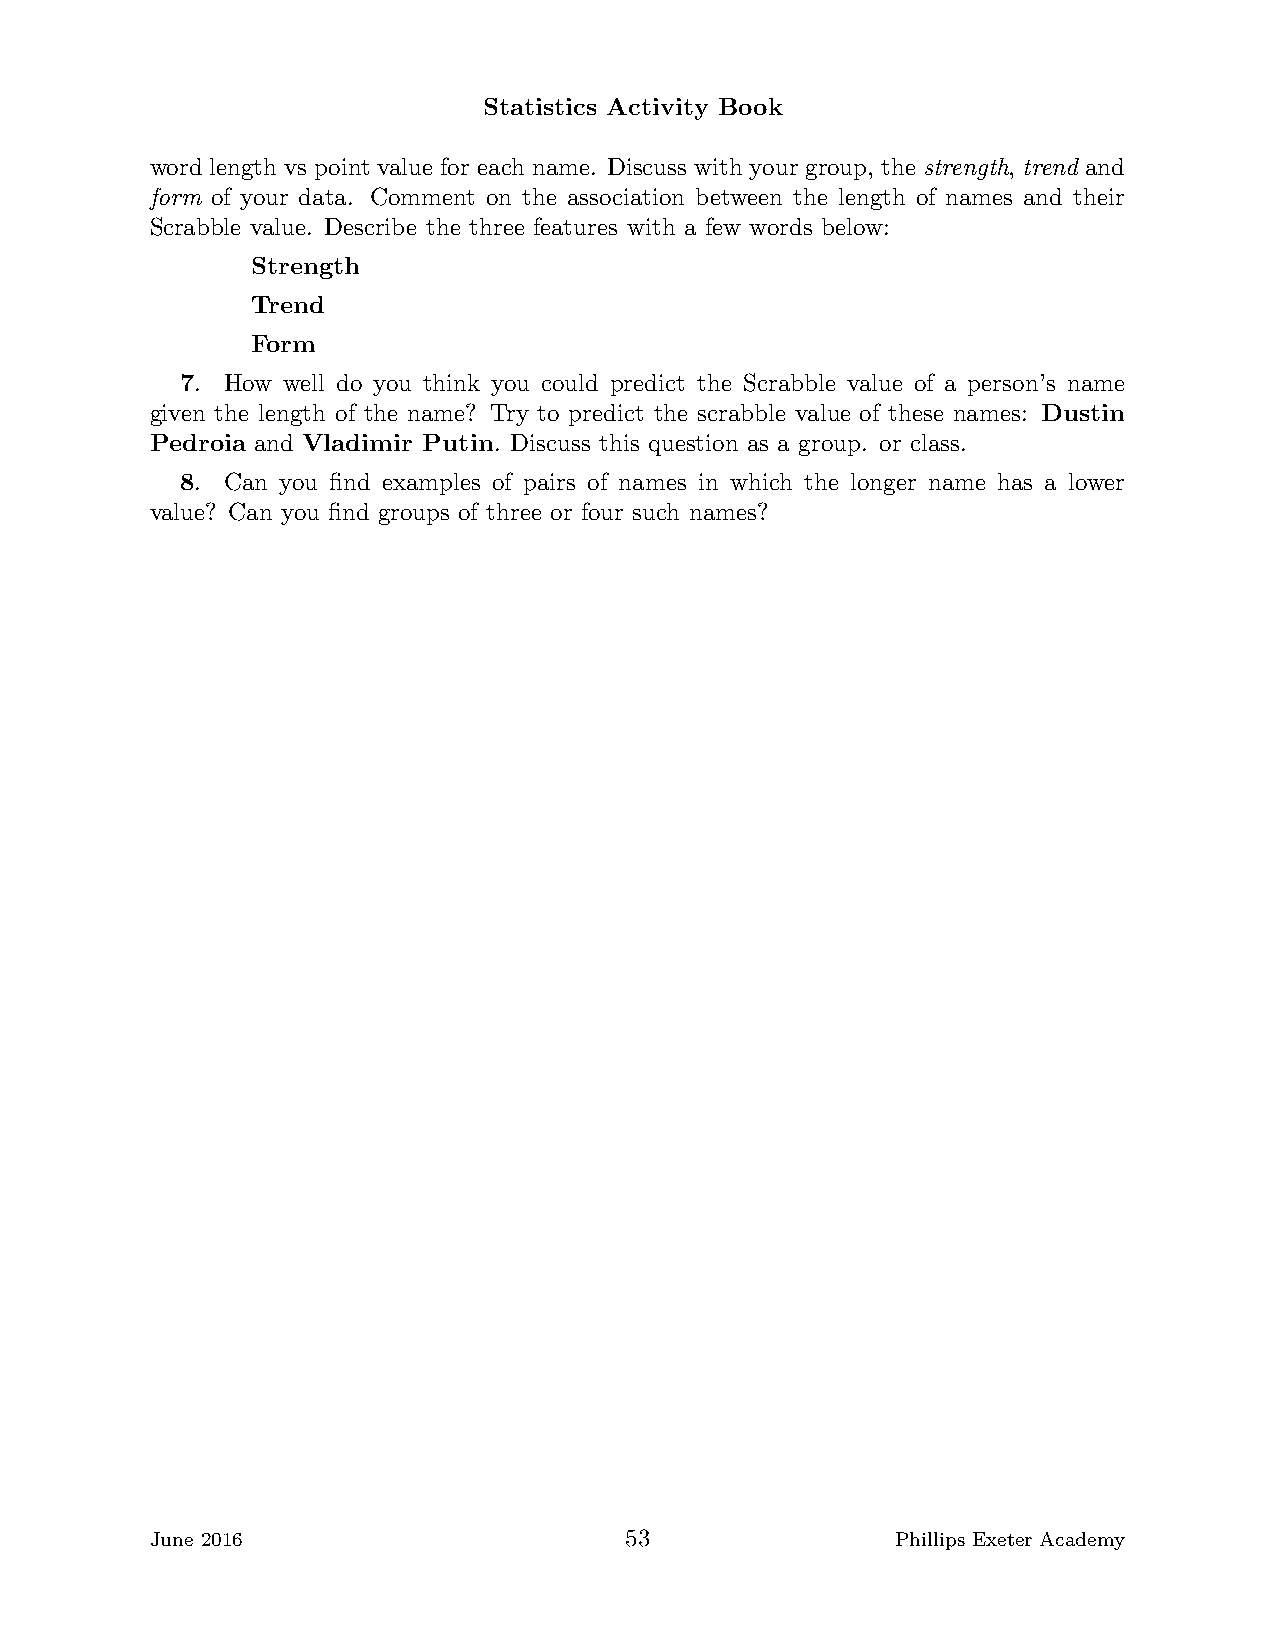
Statistics Activity Book
 word length vs point value for each name. Discuss with your group, the strength, trend and
 form of your data. Comment on the association between the length of names and their
 Scrabble value. Describe the three features with a few words below:
 Strength
 Trend
 Form
 7. How well do you think you could predict the Scrabble value of a person’s name
 given the length of the name? Try to predict the scrabble value of these names: Dustin
 Pedroia and Vladimir Putin. Discuss this question as a group. or class.
 8. Can you find examples of pairs of names in which the longer name has a lower
 value? Can you find groups of three or four such names?
 June 2016                      53                Phillips Exeter Academy